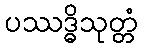
ပဿဒ္ဓိသုတ္တံ